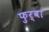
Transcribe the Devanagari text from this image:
फुर्बा